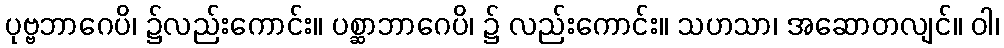
ပုဗ္ဗဘာဂေပိ၊ ၌လည်းကောင်း။ ပစ္ဆာဘာဂေပိ၊ ၌ လည်းကောင်း။ သဟသာ၊ အဆောတလျင်။ ဝါ၊